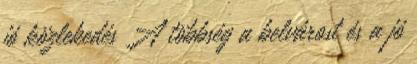
jó közlekedés A többség a belvárost és a jó